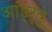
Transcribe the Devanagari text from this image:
आंड्र्यू